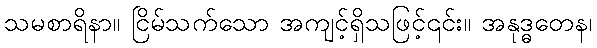
သမစာရိနာ။ ငြိမ်သက်သော အကျင့်ရှိသဖြင့်၎င်း။ အနုဒ္ဓတေန၊